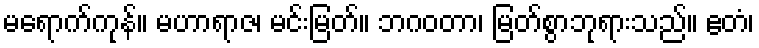
မရောက်ကုန်။ မဟာရာဇ၊ မင်းမြတ်။ ဘဂဝတာ၊ မြတ်စွာဘုရားသည်။ ဧတံ၊